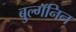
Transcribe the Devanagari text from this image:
बुल्गॅनिन